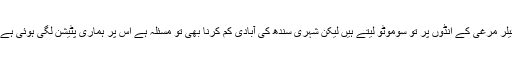
انہوں نے کہاکہ ہم چیف جسٹس برائیلر مرغی کے انڈوں پر تو سوموٹو لیتے ہیں لیکن شہری سندھ کی آبادی کم کرنا بھی تو مسئلہ ہے اس پر ہماری پٹیشن لگی ہوئی ہے اس پر بھی کارروائی ہونی چاہئے۔